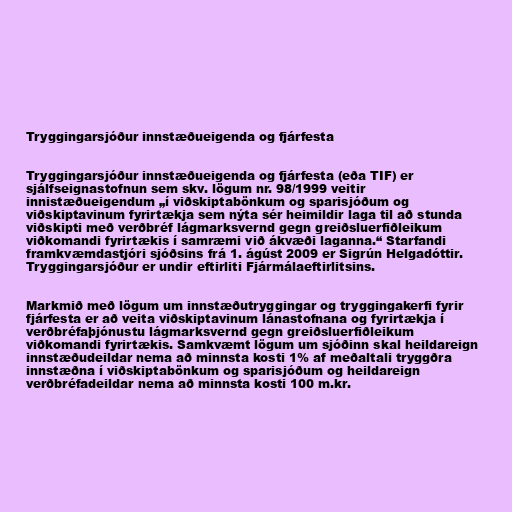
Tryggingarsjóður innstæðueigenda og fjárfesta

Tryggingarsjóður innstæðueigenda og fjárfesta (eða TIF) er
sjálfseignastofnun sem skv. lögum nr. 98/1999 veitir
innistæðueigendum „í viðskiptabönkum og sparisjóðum og
viðskiptavinum fyrirtækja sem nýta sér heimildir laga til að stunda
viðskipti með verðbréf lágmarksvernd gegn greiðsluerfiðleikum
viðkomandi fyrirtækis í samræmi við ákvæði laganna.“ Starfandi
framkvæmdastjóri sjóðsins frá 1. ágúst 2009 er Sigrún Helgadóttir.
Tryggingarsjóður er undir eftirliti Fjármálaeftirlitsins.

Markmið með lögum um innstæðutryggingar og tryggingakerfi fyrir
fjárfesta er að veita viðskiptavinum lánastofnana og fyrirtækja í
verðbréfaþjónustu lágmarksvernd gegn greiðsluerfiðleikum
viðkomandi fyrirtækis. Samkvæmt lögum um sjóðinn skal heildareign
innstæðudeildar nema að minnsta kosti 1% af meðaltali tryggðra
innstæðna í viðskiptabönkum og sparisjóðum og heildareign
verðbréfadeildar nema að minnsta kosti 100 m.kr.